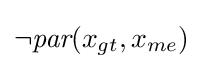
\lnot {\textit {par}}(x_{gt},x_{me})